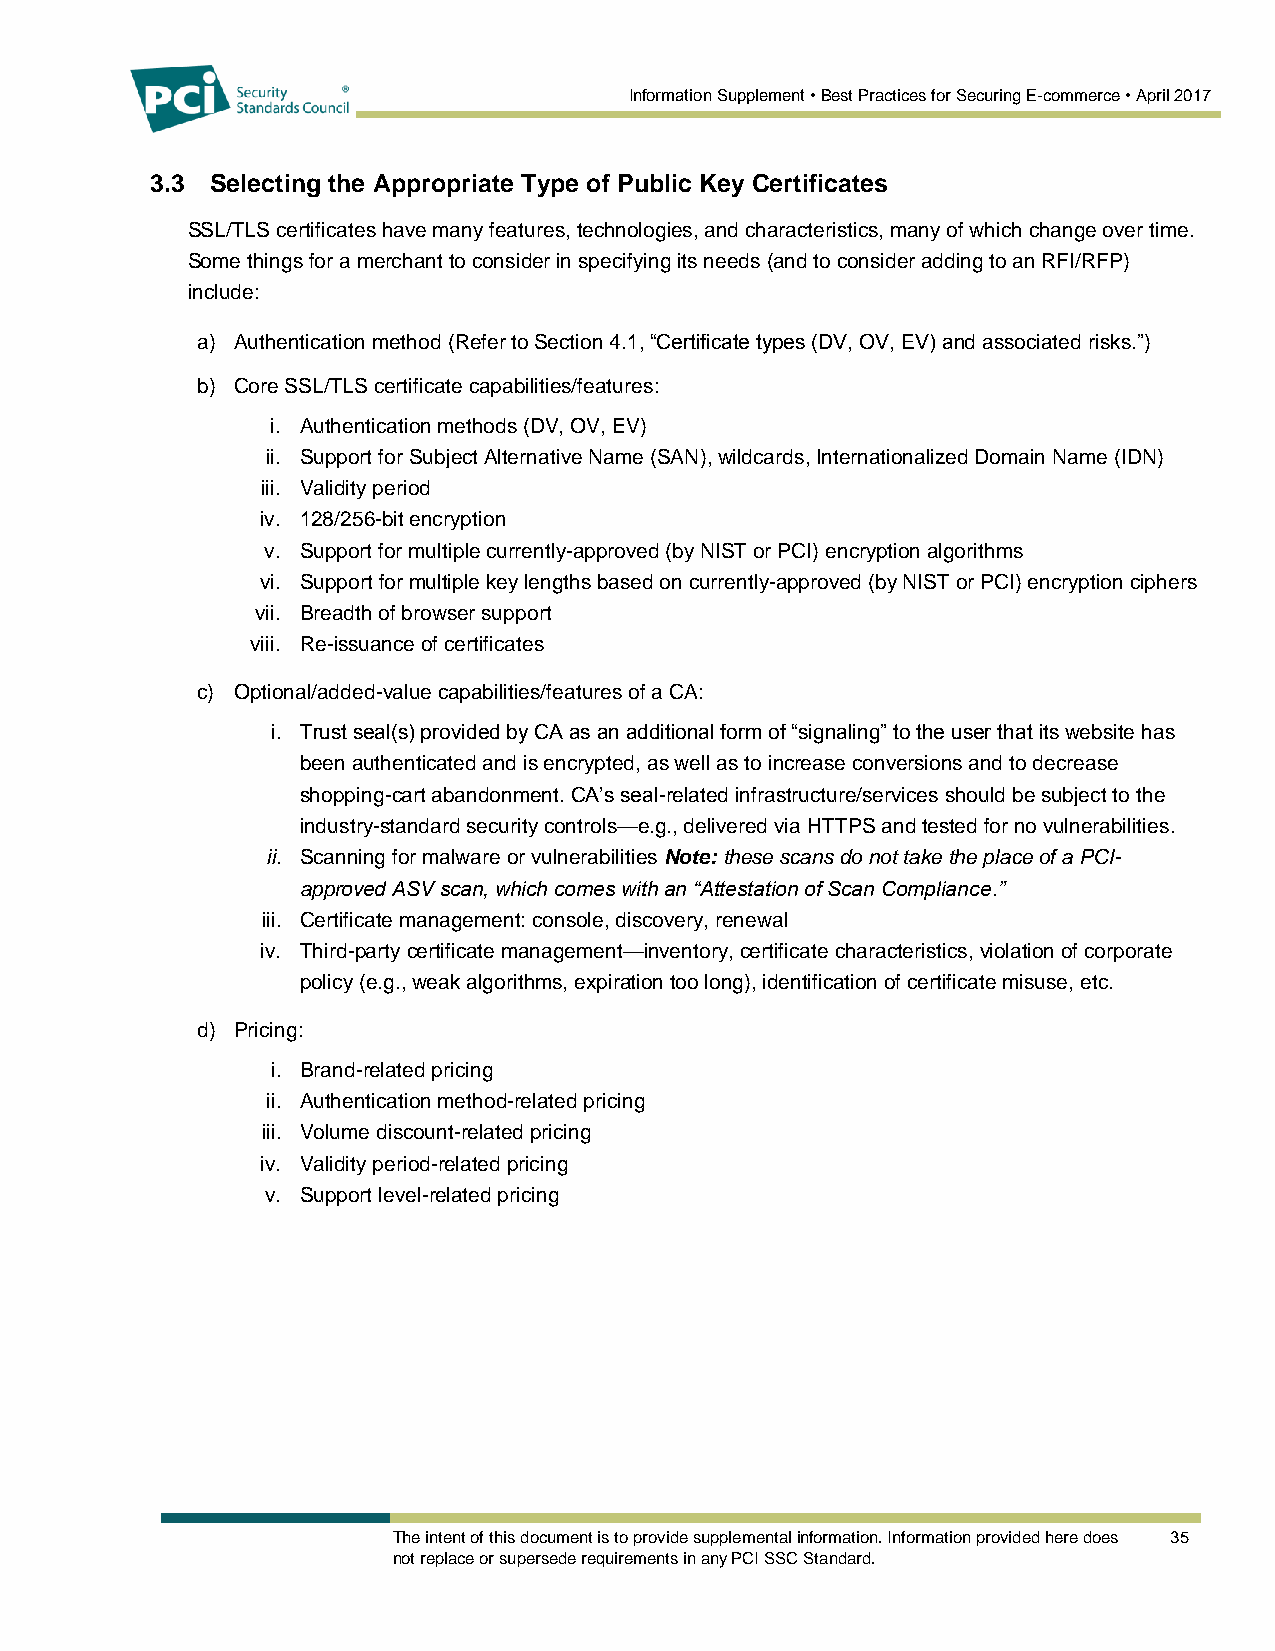
Information Supplement • Best Practices for Securing E-commerce • April 2017
 3.3 Selecting the Appropriate Type of Public Key Certificates
 SSL/TLS certificates have many features, technologies, and characteristics, many of which change over time.
 Some things for a merchant to consider in specifying its needs (and to consider adding to an RFI/RFP)
 include:
 a) Authentication method (Refer to Section 4.1, “Certificate types (DV, OV, EV) and associated risks.”)
 b) Core SSL/TLS certificate capabilities/features:
 i. Authentication methods (DV, OV, EV)
 ii. Support for Subject Alternative Name (SAN), wildcards, Internationalized Domain Name (IDN)
 iii. Validity period
 iv. 128/256-bit encryption
 v. Support for multiple currently-approved (by NIST or PCI) encryption algorithms
 vi. Support for multiple key lengths based on currently-approved (by NIST or PCI) encryption ciphers
 vii. Breadth of browser support
 viii. Re-issuance of certificates
 c) Optional/added-value capabilities/features of a CA:
 i. Trust seal(s) provided by CA as an additional form of “signaling” to the user that its website has
 been authenticated and is encrypted, as well as to increase conversions and to decrease
 shopping-cart abandonment. CA’s seal-related infrastructure/services should be subject to the
 industry-standard security controls—e.g., delivered via HTTPS and tested for no vulnerabilities.
 ii. Scanning for malware or vulnerabilities Note: these scans do not take the place of a PCI-
 approved ASV scan, which comes with an “Attestation of Scan Compliance.”
 iii. Certificate management: console, discovery, renewal
 iv. Third-party certificate management—inventory, certificate characteristics, violation of corporate
 policy (e.g., weak algorithms, expiration too long), identification of certificate misuse, etc.
 d) Pricing:
 i. Brand-related pricing
 ii. Authentication method-related pricing
 iii. Volume discount-related pricing
 iv. Validity period-related pricing
 v. Support level-related pricing
 The intent of this document is to provide supplemental information. Information provided here does 35
 not replace or supersede requirements in any PCI SSC Standard.